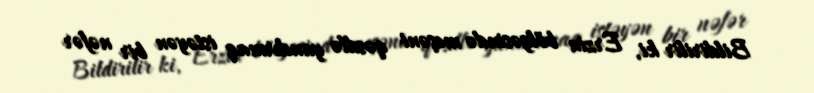
Bildirilir ki, Erzin bölgəsində meşəni qəsdlə yandırmaq istəyən bir nəfər